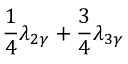
\frac { 1 } { 4 } \lambda _ { 2 \gamma } + \frac { 3 } { 4 } \lambda _ { 3 \gamma }